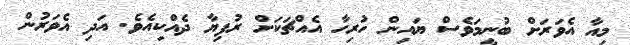
މިއާ އެވަރަށް ބުނީމަވެސް ޔައިން ހުރިހާ އެއްޗަކަށް ރުފިޔާ ދެއްކިއެވެ. އަދި އެވަރުން